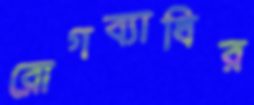
রোগব্যাধির